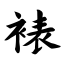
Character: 裱